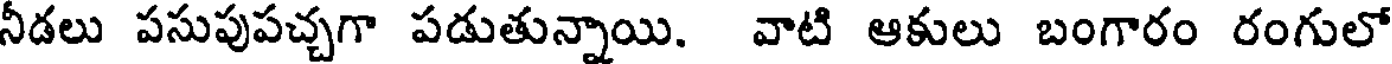
నీడలు పసుపుపచ్చగా పడుతున్నాయి. వాటి ఆకులు బంగారం రంగులో